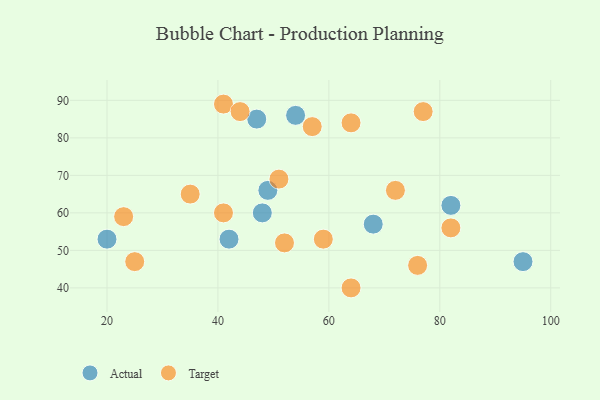
{"axis": {"x": "GDP", "y": "Life Expectancy"}, "legend": ["Actual", "Target"], "data": [{"x": "49", "y": 66, "type": "Actual"}, {"x": "48", "y": 60, "type": "Actual"}, {"x": "95", "y": 47, "type": "Actual"}, {"x": "20", "y": 53, "type": "Actual"}, {"x": "82", "y": 62, "type": "Actual"}, {"x": "42", "y": 53, "type": "Actual"}, {"x": "47", "y": 85, "type": "Actual"}, {"x": "54", "y": 86, "type": "Actual"}, {"x": "68", "y": 57, "type": "Actual"}, {"x": "41", "y": 89, "type": "Target"}, {"x": "82", "y": 56, "type": "Target"}, {"x": "52", "y": 52, "type": "Target"}, {"x": "25", "y": 47, "type": "Target"}, {"x": "64", "y": 84, "type": "Target"}, {"x": "51", "y": 69, "type": "Target"}, {"x": "72", "y": 66, "type": "Target"}, {"x": "35", "y": 65, "type": "Target"}, {"x": "23", "y": 59, "type": "Target"}, {"x": "41", "y": 60, "type": "Target"}, {"x": "57", "y": 83, "type": "Target"}, {"x": "77", "y": 87, "type": "Target"}, {"x": "44", "y": 87, "type": "Target"}, {"x": "76", "y": 46, "type": "Target"}, {"x": "64", "y": 40, "type": "Target"}, {"x": "59", "y": 53, "type": "Target"}]}